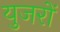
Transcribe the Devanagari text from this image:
युजरों